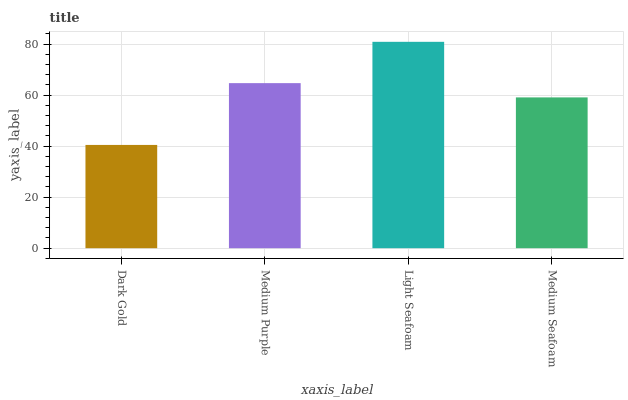
| xaxis_label | bars |
 | --- | --- |
 | Dark Gold | 40.5 |
 | Medium Purple | 64.7 |
 | Light Seafoam | 80.9 |
 | Medium Seafoam | 59.1 |